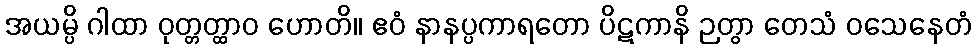
အယမ္ပိ ဂါထာ ဝုတ္တတ္ထာဝ ဟောတိ။ ဧဝံ နာနပ္ပကာရတော ပိဋကာနိ ဉတွာ တေသံ ဝသေနေတံ